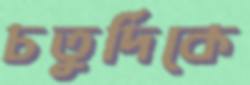
চতুর্দিকে